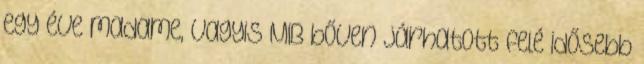
egy éve madame, vagyis MIB bőven járhatott felé idősebb